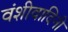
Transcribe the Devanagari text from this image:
वंशीवादिनी